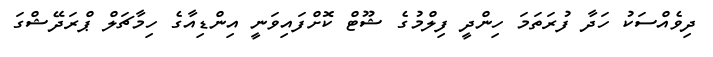
ދިވެއްސަކު ހަދާ ފުރަތަމަ ހިންދީ ފިލްމުގެ ޝޫޓް ކޮށްފައިވަނީ އިންޑިއާގެ ހިމާޗަލް ޕްރަދޭޝްގަ